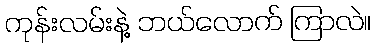
ကုန်းလမ်းနဲ့ ဘယ်လောက် ကြာလဲ။